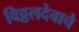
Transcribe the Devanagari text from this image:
विठ्ठलदेवाचे